Indian journal of veterinary science and animal husbandry - Volume 4,
Year: 1934
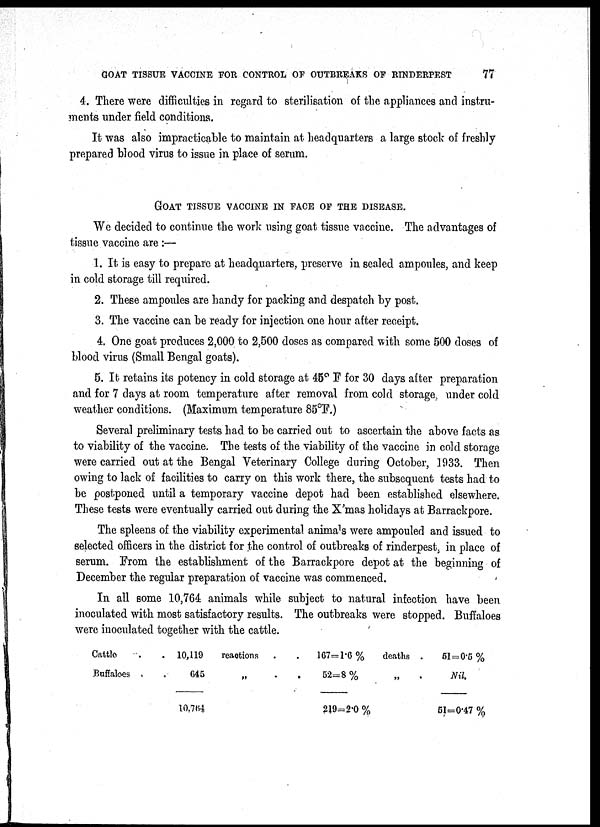
GOAT TISSUE VACCINE FOR CONTROL OF OUTBREAKS OF RINDERPEST
77
4. There were difficulties in regard to sterilisation of the appliances and instru-
ments under field conditions.
It was also impracticable to maintain at headquarters a large stock of freshly
prepared blood virus to issue in place of serum.
GOAT TISSUE CACCINE IN FACE OF THE DISEASE.
We decided to continue the work using goat tissue vaccine. The advantages of
tissue vaccine are :—
1. It is easy to prepare at headquarters, preserve in sealed ampoules, and keep
in cold storage till required.
2. These ampoules are handy for packing and despatch by post.
3. The vaccine can be ready for injection one hour after receipt.
4. One goat produces 2,000 to 2,500 doses as compared with some 500 doses of
blood virus (Small Bengal goats).
5. It retains its potency in cold storage at 45° F for 30 days after preparation
and for 7 days at room temperature after removal from cold storage, under cold
weather conditions. (Maximum temperature 85°F.)
Several preliminary tests had to be carried out to ascertain the above facts as
to viability of the vaccine. The tests of the viability of the vaccine in cold storage
were carried out at the Bengal Veterinary College during October, 1933. Then
owing to lack of facilities to carry on this work there, the subsequent tests had to
be postponed until a temporary vaccine depot had been established elsewhere.
These tests were eventually carried out during the X'mas holidays at Barrackpore.
The spleens of the viability experimental animal were ampouled and issued to
selected officers in the district for the control of outbreaks of rinderpest, in place of
serum. From the establishment of the Barrackpore depot at the beginning of
December the regular preparation of vaccine was commenced.
In all some 10,764 animals while subject to natural infection have been
inoculated with most satisfactory results. The outbreaks were stopped. Buffaloes
were inoculated together with the cattle.
Cattle .
Buffaloes .
. 10,119
. 645
10764
reactions
„
.
167=1.6%
52=8%
219=2.0 %
deaths .
„
.
51=0.5 %
Nil.
51=0.47 %